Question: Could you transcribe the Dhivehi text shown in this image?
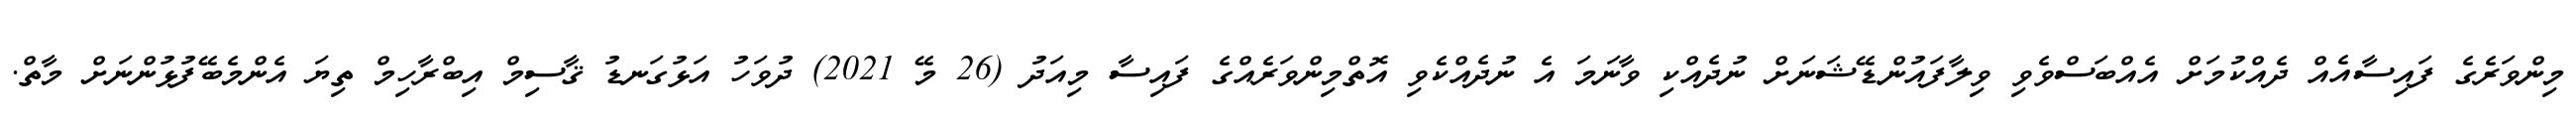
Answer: މިންވަރެގެ ފައިސާއެއް ދެއްކުމަށް އެއްބަސްވެވި ވިލާފައުންޑޭޝަނަށް ނުދެއްކި ވާނަމަ އެ ނުދެއްކެވި އޮތްމިންވަރެއްގެ ފައިސާ މިއަދު (26 މޭ 2021) ދުވަހު އަޅުގަނޑު ޤާސިމް އިބްރާހިމް ތިޔަ އެންމެބޭފުޅުންނަށް މާތް.